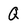
Character: Q